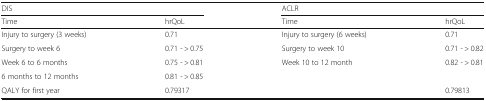
<table><thead><tr><td colspan="2"><b>DIS</b></td><td colspan="2"><b>ACLR</b></td></tr><tr><td><b>Time</b></td><td><b>hrQoL</b></td><td><b>Time</b></td><td><b>hrQoL</b></td></tr></thead><tbody><tr><td>Injury to surgery (3 weeks)</td><td>0.71</td><td>Injury to surgery (6 weeks)</td><td>0.71</td></tr><tr><td>Surgery to week 6</td><td>0.71 - &gt; 0.75</td><td>Surgery to week 10</td><td>0.71 - &gt; 0.82</td></tr><tr><td>Week 6 to 6 months</td><td>0.75 - &gt; 0.81</td><td>Week 10 to 12 month</td><td>0.82 - &gt; 0.81</td></tr><tr><td>6 months to 12 months</td><td>0.81 - &gt; 0.85</td><td></td><td></td></tr><tr><td>QALY for first year</td><td>0.79317</td><td></td><td>0.79813</td></tr></tbody></table>